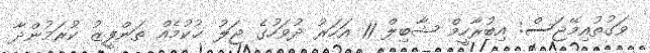
ވަގުތުއިމޭޖަސް: އިބުރާހީމް ޝާބިލް 11 އަހަރު ދުވަހުގެ ޖަލު ޙުކުމެއް ތަންފީޒު ކުރަމުންދާ